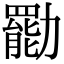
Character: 㔥